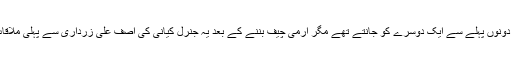
یوں تو دونوں پہلے سے ایک دوسرے کو جانتے تھے مگر آرمی چیف بننے کے بعد یہ جنرل کیانی کی آصف علی زرداری سے پہلی ملاقات تھی۔